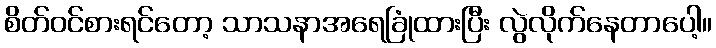
စိတ်ဝင်စားရင်တော့ သာသနာအရေခြုံထားပြီး လွဲလိုက်နေတာပေါ့။